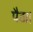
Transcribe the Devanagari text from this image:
पैठा।